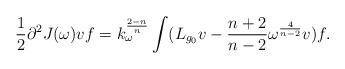
LaTeX: \begin{align*}\frac{1}{2}\partial^{2}J(\omega)vf=k_{\omega}^{\frac{2-n}{n}}\int (L_{g_{0}}v-\frac{n+2}{n-2}\omega^{\frac{4}{n-2}}v)f.\end{align*}